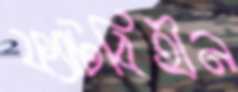
ফ্যাটবিহীন